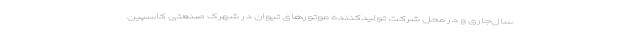
سال‌جاری و در محل شرکت تولیدکننده موتورهای تیوان در شهرک صنعتی کاسپین